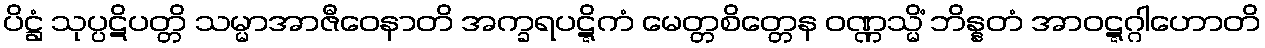
ပိဋ္ဌံ သုပ္ပဋိပတ္တိ သမ္မာအာဇီဝေနာတိ အက္ခရပဋ္ဋိကံ မေတ္တစိတ္တေန ဝဏ္ဏသ္မိံ ဘိန္နတံ အာဝဋ္ဋဂ္ဂါဟောတိ